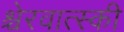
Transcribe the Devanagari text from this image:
श्चेरवात्स्की